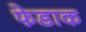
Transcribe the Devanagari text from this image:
फेडाक